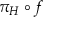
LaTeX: \pi _ { H } \circ f